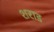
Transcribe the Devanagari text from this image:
शराड